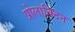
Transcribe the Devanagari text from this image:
प्रोलाक्टिन